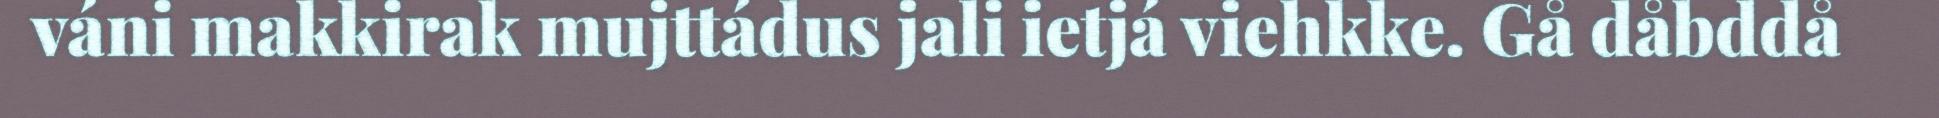
váni makkirak mujttádus jali ietjá viehkke. Gå dåbddå